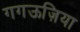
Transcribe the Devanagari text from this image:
गगऊज़िया